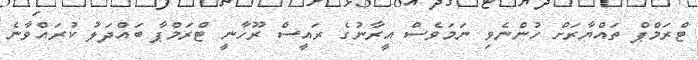
ޓްރަމްޕް ތައްޔާރަށް ހުންނެވި ނަމަވެސް އީރާނުގެ ރައީސް ރޫހާނީ ޓްރަމްޕާ ބައްދަލު ކުރައްވާނެ